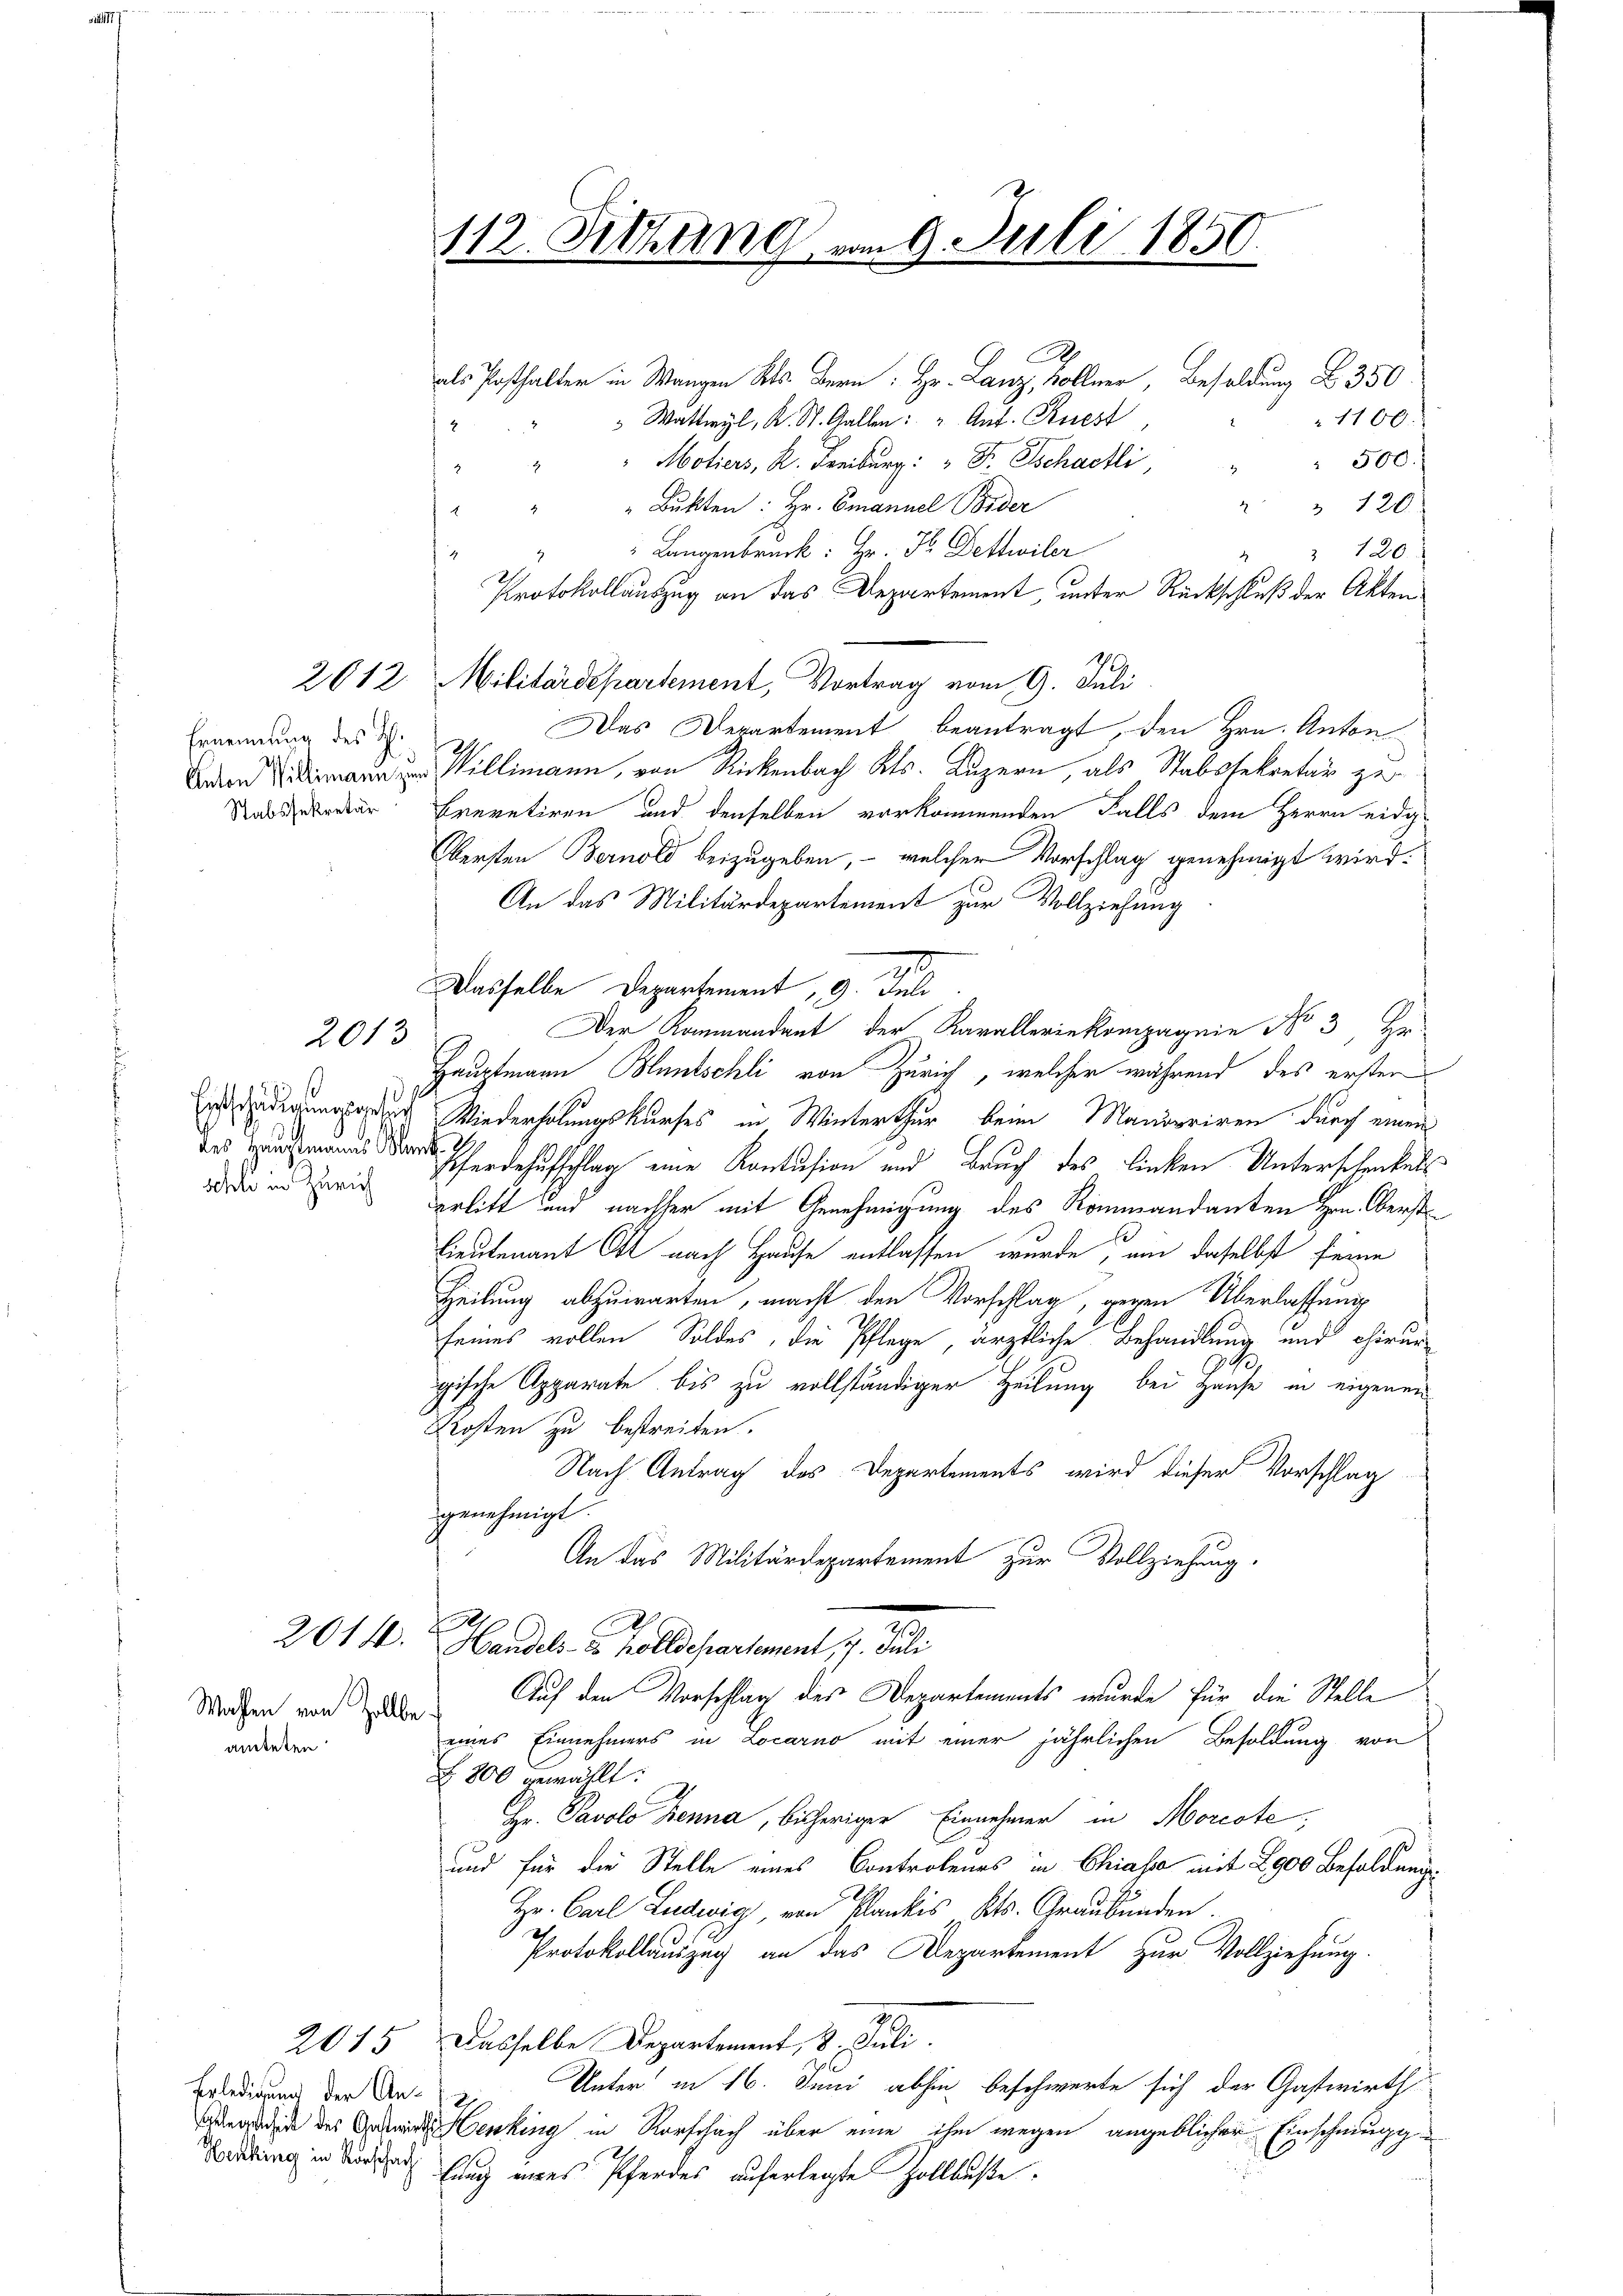
Ernennung des H.
Stabssekretär

2013

s
schle in Zürich

2014.

Wahlen von Zollbeamteten

2015

.
 Paler . . . . Besoldung 350.
1100.
 Wattwyl, K. St. Gallen: " Ant. Ruest
43
Motiers, K. Freiburg: " Fr. Tschaeli,
" " 500.
 52
" " 120.
" " " Bŭkten: hr. Emanuel Bider
Langenbruck: Hr. P. Dettwiler
2 120.
132
Protokollauszug an das Departement, unter Rückschluß der Akten
2612. Militärdepartement, Vortrag vom 9. Juli
Das Departement beantragt, den Hrn. Anton
Boden Willmann, von Rickenbach Kts. Luzern, als Stabssekretär zu
Brevetiren und denselben vorkommenden Falls dem Herrn eida¬
Obersten Bernold beizugeben, – welcher Vorschlag genehmigt wird.
An das Militärdepartement zur Vollziehung
.
Dasselbe Departement, 9. Juli
Der Kommandant der Kavalleriekompagnie No 3, Hr
Hauptmann Bluntschli von Zürich, welcher während des erster
digung der Wiederholungskurses in Winterthur beim Manoeriren durch einen
edeutschlag eine Kontusion und Bruch des linken Unterschenkels
erlitt und nachher mit Genehmigung des Kommandanten Hrn. Oberst
lieutenant Ott nach Hause entlassen wurde, um daselbst ferne
Heilung abzuwarten, macht den Vorschlag, gegen Überlassung
seines vollen Soldes, die Pflege, ärztliche Behandlung und chirurgische Apparate bis zu vollständiger Heilung bei Hause in eigenen
Kosten zu bestreiten.
Nach Antrag des Departements wird dieser Vorschlag
genehmigt.
An das Militärdepartement zur Vollziehung.
.
Handel u. Goldschartement 7. Juli
Auf den Vorschlag des Departements wurde für die Stelle
eines Einnehmers in Locarno mit einer jährlichen Besoldung von
800 gewählt:
Hr. Pavolo Benna, bisheriger Einnehmer in Morcote,
und für die Stelle eines Controleurs in Chiasse mit 2900 Besoldung
Hr. Carl Ludwig, von Blankes Kts. Graubünden.
Protokollauszug an das Departement zur Vollziehung.
Dasselbe Departement, 8. Juli.
Unter in 16. Juni abhin beschwerte sich der Gastwirth
ed des enking in Rorschach über eine ihm wegen angeblicher Einschmugg
Tartung in derath hang eines Pferdes auferlegte Zollbüßte.

Erledigung der An-

112. Sitzung vom 9. Juli 1850.